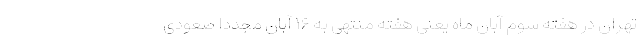
تهران در هفته سوم آبان ماه یعنی هفته منتهی به ۱۶ آبان مجددا صعودی